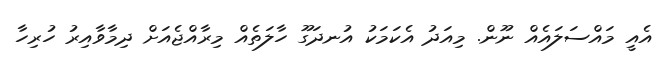
އެއީ މައްސަލައެއްް ނޫން. މިއަދު އެކަމަކު އުނދަގޫ ހާލަތެއް މިރާއްޖެއަށް ދިމާވާއިރު ހުރިހާ